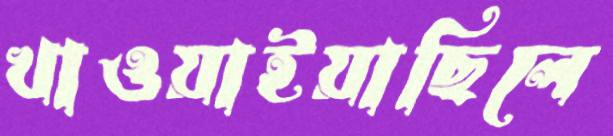
খাওয়াইয়াছিলে